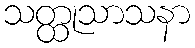
သတ္ထုသာသနာ